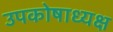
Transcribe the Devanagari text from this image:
उपकोषाध्यक्ष